Annual report of the Bengal Veterinary College and of the Civil Veterinary Department, Bengal, for the year 1909-1910 - 1909-1910
Year: 1909
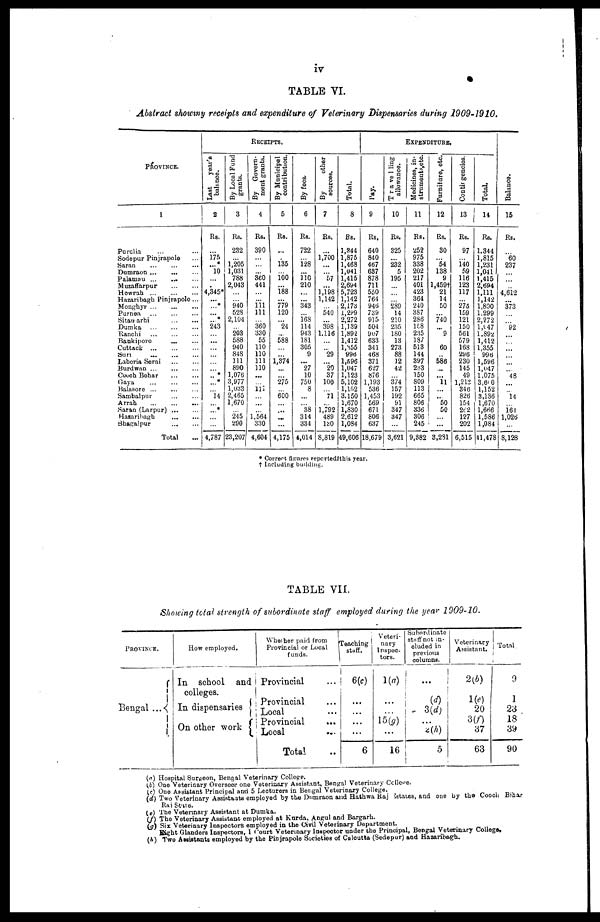
iv
TABLE VI.
Abstract showmy receipts and expenditure of Veterinary Dispensaries during 1909-1910.
PROVINCE.
1
Purulia ... ...
Sodepur Pinjrapole ...
Saran ... ... ...
Dumraon
...
...
...
Palamou
...
...
...
Muzaffarpur
...
...
Howrah
...
...
...
Hazaribagh Pinjrapole...
Monghyr
...
...
...
Purnea
...
...
...
Sitamarhi
...
...
Dumka
...
...
...
Ranchi ... ... ...
Bankipore
...
...
Cuttack
...
...
...
Sun ... ... ...
Laheria Serai ... ...
Burdwan
...
...
...
Cooch Behar ... ...
Gaya
...
...
...
Balasore ... ... ...
Sambalpur
...
...
Arrah
...
...
...
Saran (Larpur) ... ...
Hazaribagh
...
...
Shagalpur
...
...
Total ...
RECEIPTS.
Last
year's
balance.
2
Rs.
...
175
...
10
...
.
4,345*
...
...
...
... 243
...
...
...
...
...
...
...
...
...
14
...
...
...
...
4,787
By Local Fund
grants.
3
Rs.
232
...
1,205
1,031
788
2,043
...
... 940
528
2,104
... 203
588
940
848
111
890
1,076
3,977
1,033
2,465
1,670
... 245
290
23,207
By Govern-
ment grants.
4
Rs.
390
...
...
... 360
441
...
...
111 111
... 360
330
55
110
110
111
110
...
... 111
...
...
... 1.564
330
4,604
By Municipal
contribution.
5
Rs.
......
...
135
...
100
...
188
... 779
120
... 24
... 588
...
... 1,874
...
...
275
... 600
...
...
...
...
4,175
By fees.
6
Rs.
722
...
128
110
210
...
...
343
... 168
114
943
181
305
9
...
27
10
750
8
...
... 38
314
334
4,014
By
other
sources.
7
Rs.
...
1,700
...
...
57
...
1,198
1,142
... 540
... 398
1.116
...
... 29
...
20
37
100
... 71
... 1,792
489
130
8,819
Total.
8
Rs.
1,344
1,875
1,468
1,041
1,415
2,694
5,723
1,142
2,173
1,299
2,272
1,139
1,892
1,412
1,355
996
1,596
1,047
1,123
5,102
1,152
3.150
1,670
1,830
2,612
1,084
49,606
EXPENDITURE.
Pay.
9
Rs,
640
840
467
637
878
711
550
764
946
739
915
504
907
633
341
468
371
627
876
1,193
536
1,453
569
671
806
637
18,679
Travelling
allowance.
10
Rs.
325
...
232
5
195
...
...
289
14
210
235
180
13
273
88
12
42
...
374
157
192
91
347
347
...
3,621
Medicines, in-
strumeuts,etc.
11
Rs.
252
975
338
202
217
401
423
364
240
387
286
158
235
187
513
144
397
233
150
809
113
665
806
336
306
245
9,382
Furniture, etc.
12
Rs.
30
...
54
138
9
1,459†
21
14
50
... 740
... 9
...
60
...
586
...
...
11
...
...
50
50
...
...
3,281
Contingencies.
13
Rs.
97
...
140
59
116
123
117
...
275
159
121
150
561
579
168
296
230
145
49
1,212
346
826
154
262
127
202
6,515
Total.
14
Rs.
1.344
1,815
1,231
1,041
1,415
2,694
1,111
1,142
1,800
1.299
2,272
1,047
1.892
1,412
1.355
996
1,596
1,047
1.075
3,600
1,152
3,136
1,670
1,666
1,586
1,084
41,478
Balance.
15
Rs.
...
60
237
...
...
...
4,612
...
373
...
...
92
...
...
...
...
...
...
48
...
...
14
...
164
1,026
...
8,128
* Correct figures reported this year.
† Including building.
TABLE VII.
Showing total strength of subordinate staff employed during the year 1909-10.
PROVINCE.
Bengal ...
How employed.
In school and
colleges.
In dispensaries
On other work
Whether paid from
Provincial or Local
funds.
Provincial ...
Provincial ...
Local ...
Provincial
...
Local
...
Total ...
Teaching
stuff.
6(c)
...
...
...
...
6
Veteri-
nary
Inspec-
tors.
1(a)
...
...
15(g)
...
16
Subordinate
stuff not in-
cluded in
previous
columns.
...
...
(d)
3(d)
2(h)
5
Veterinary
Assistant.
2(b)
1(e)
20
3(f)
37
63
Total
9
23
18
39
90
(a) Hospital Surgeon, Bengal Veterinary College.
(b) One Veterinary Overseer one Veterinary Assistant, Bengal Veterinary College.
(c) One Assistant Principal and 5 Lecturers in Bengal Veterinary College.
(d) Two Veterinary Assistants employed by the Dumraon and Hathwa Raj Estates, and one by the Cooch Bihar
Raj State.
(e) The Veterinary Assistant at Dumka.
(f) The Veterinary Assistant employed at Kurda, Angul and Bargarh.
(g) Six Veterinary Inspectors employed in the Civil Veterinary Department.
Eight Glanders Inspectors, 1 Court Veterinary Inspector under the Principal, Bengal Veterinary College.
(A) Two Assistants employed by the Pinjrapole Societies of Calcutta (Sedepur) and Hazaribagh.